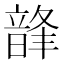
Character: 韸